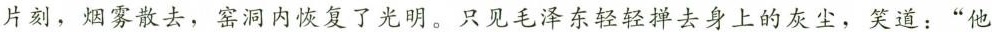
片刻，烟雾散去，窑洞内恢复了光明。只见毛泽东轻轻掸去身上的灰尘，笑道：”他